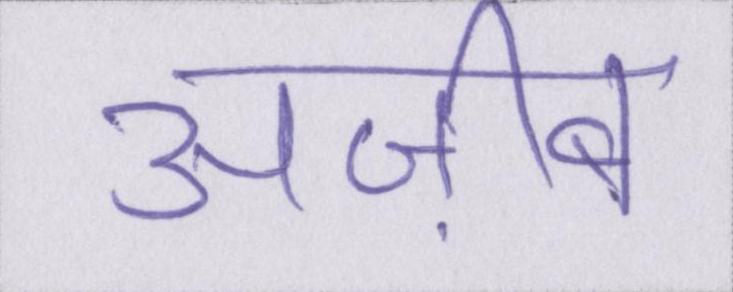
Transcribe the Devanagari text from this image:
अज़ीब